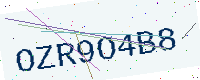
Text: OZR9O4B8